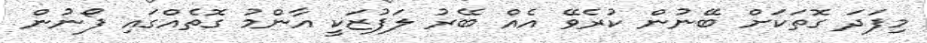
މިފަދަ ގޮތަކަށް ބޭނުން ކުރެވޭ އެއް ބޭރު ލަފުޒަކީ އާންމު ގޮތެއްގައި ފޯނުން